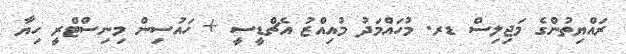
ރައްޔިތުންގެ މަޖިލިސް ޑރ. މުހައްމަދު މުއިއްޒު އެޗްޑީސީ + ހައުސިން މިނިސްޓްރީ ހިޔާ